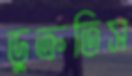
ডুক্‌রতিস